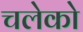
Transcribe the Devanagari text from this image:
चलेको